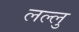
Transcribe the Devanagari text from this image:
लल्लु